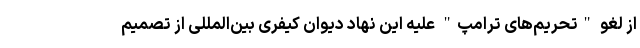
از لغو "تحریم‌های ترامپ" علیه این نهاد دیوان کیفری بین‌المللی از تصمیم